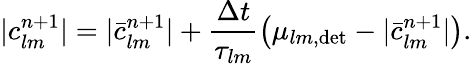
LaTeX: |c_{lm}^{n+1}|=|\bar{c}_{lm}^{n+1}|+\frac{\Delta t}{\tau_{lm}}\left(\mu_{lm,\mathrm{det}}-|\bar{c}_{lm}^{n+1}|\right).